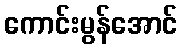
ကောင်းမွန်အောင်